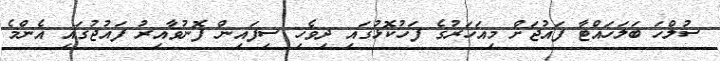
ސުލްހަ ބަލަހައްޓާ ފައުޖަށް މިއަހަރުގެ ފަހުކޮޅުގައި ދިވެހި ސިފައިން ފޮނުވާއިރު ފައުޖުގައި އެންމެ